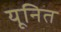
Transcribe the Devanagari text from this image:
यूनित